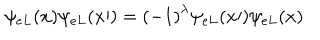
LaTeX: \psi _ { e L } ( x ) \psi _ { e L } ( { x \prime } ) = { ( - 1 ) } ^ { \lambda } \psi _ { e L } ( { x \prime } ) \psi _ { e L } ( x )